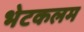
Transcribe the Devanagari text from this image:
भेटकलम